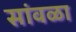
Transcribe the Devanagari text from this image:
सांवळा